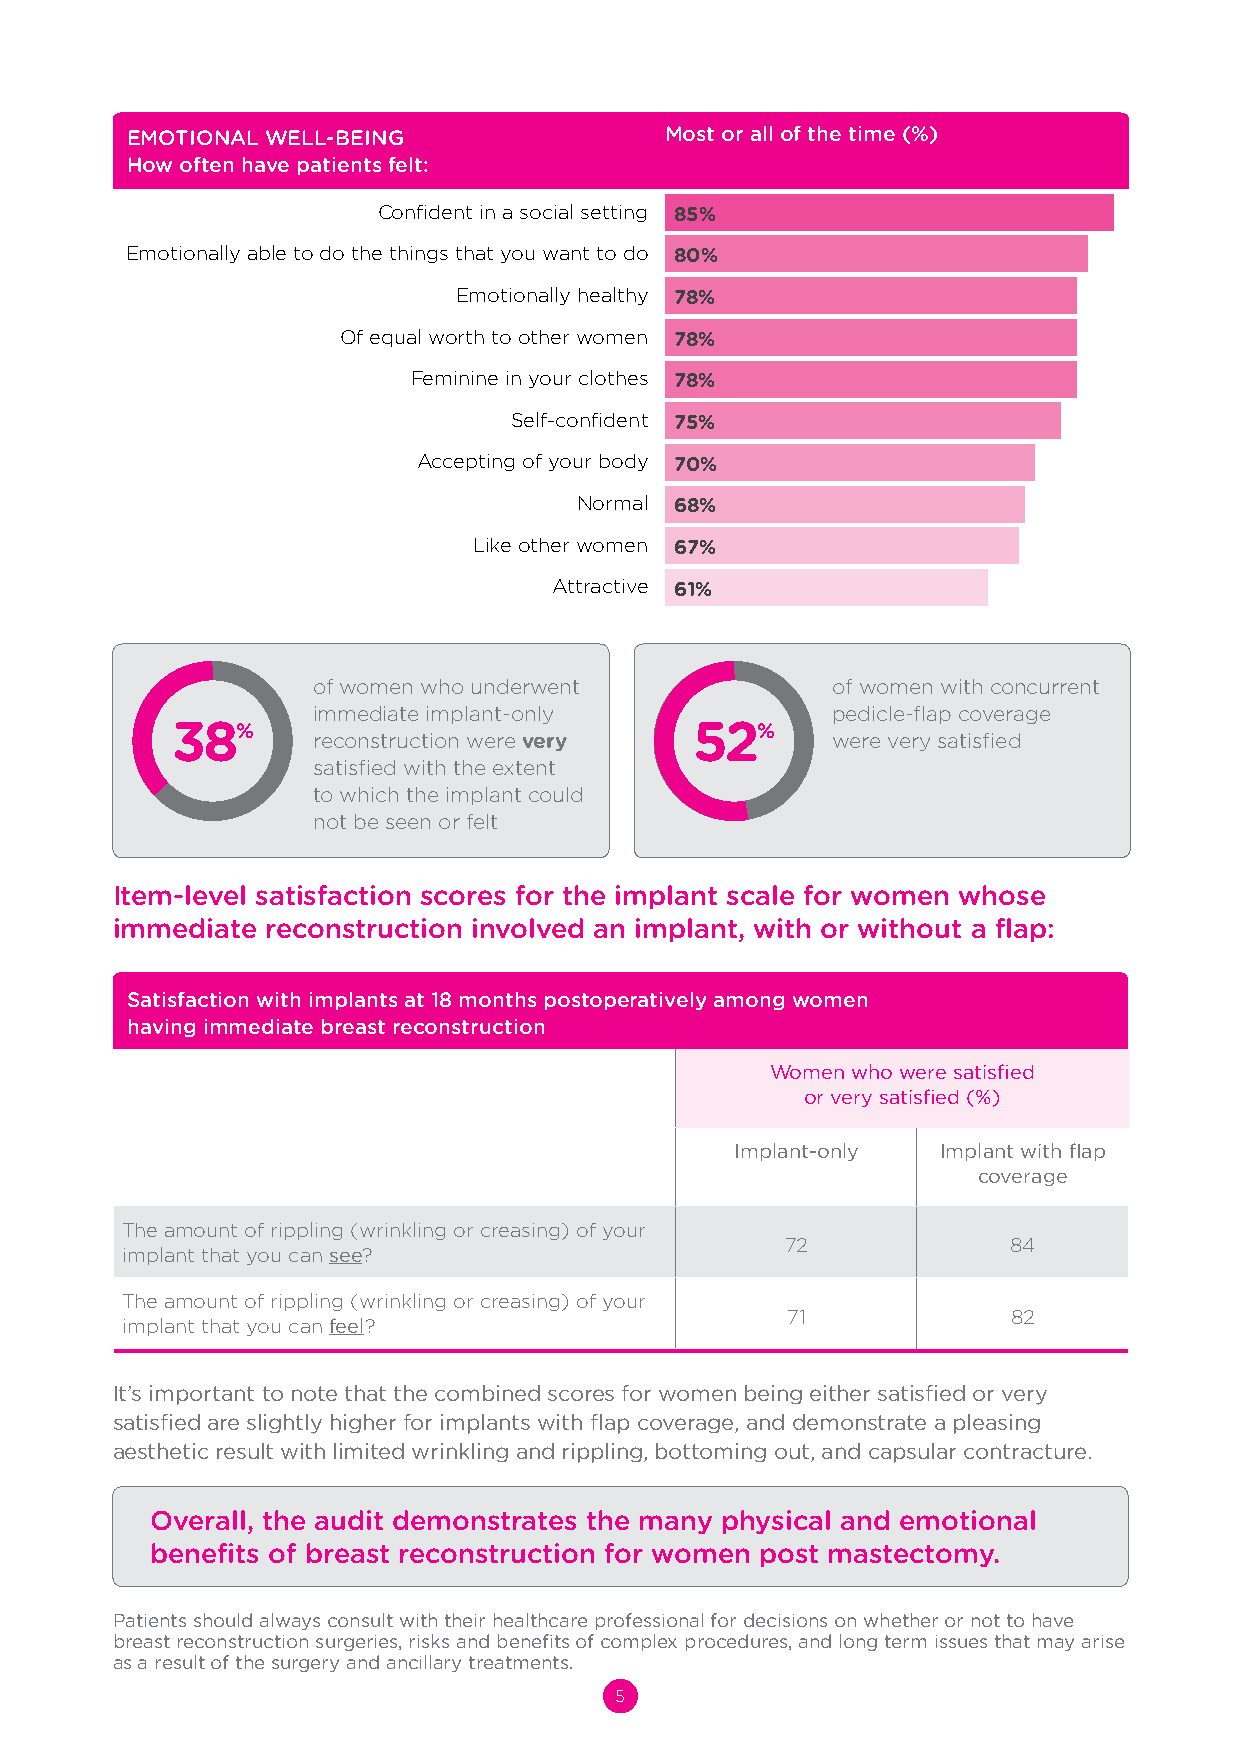
EMOTIONAL WELL-BEING                Most or all of the time (%)
 How often have patients felt:
 Confident in a social setting 85%
 Emotionally able to do the things that you want to do 80%
 Emotionally healthy 78%
 Of equal worth to other women 78%
 Feminine in your clothes 78%
 Self-confident 75%
 Accepting of your body 70%
 Normal 68%
 Like other women 67%
 Attractive 61%
 of women who underwent            of women with concurrent
 immediate implant-only            pedicle-flap coverage
 38%                                52%
 reconstruction were very          were very satisfied
 satisfied with the extent
 to which the implant could
 not be seen or felt
 Item-level satisfaction scores for the implant scale for women whose
 immediate  reconstruction involved an implant, with or without a flap:
 Satisfaction with implants at 18 months postoperatively among women
 having immediate breast reconstruction
 Women who were satisfied
 or very satisfied (%)
 Implant-only Implant with flap
 coverage
 The amount of rippling (wrinkling or creasing) of your
 72             84
 implant that you can see?
 The amount of rippling (wrinkling or creasing) of your
 71             82
 implant that you can feel?
 It’s important to note that the combined scores for women being either satisfied or very
 satisfied are slightly higher for implants with flap coverage, and demonstrate a pleasing
 aesthetic result with limited wrinkling and rippling, bottoming out, and capsular contracture.
 Overall, the audit demonstrates the many physical and emotional
 benefits of breast reconstruction for women post mastectomy.
 Patients should always consult with their healthcare professional for decisions on whether or not to have
 breast reconstruction surgeries, risks and benefits of complex procedures, and long term issues that may arise
 as a result of the surgery and ancillary treatments.
 5